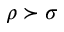
\rho \succ \sigma